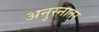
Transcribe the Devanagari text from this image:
अनुस्नातर